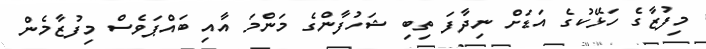
މިފުޒާގެ ހަޅޭކުގެ އަޑަށް ނިދާފަ ތިބި ޝަހުފާންގެ މަންމަ އާއި ބައްޕަވެސް މިފުޒާމެން